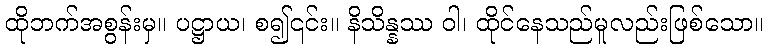
ထိုဘက်အစွန်းမှ။ ပဋ္ဌာယ၊ စ၍၎င်း။ နိသိန္နဿ ဝါ၊ ထိုင်နေသည်မူလည်းဖြစ်သော။